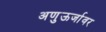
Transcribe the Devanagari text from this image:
अणुऊर्जावर